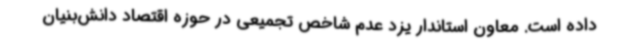
داده است. معاون استاندار یزد عدم شاخص تجمیعی در حوزه اقتصاد دانش‌بنیان